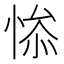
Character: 𰑯